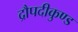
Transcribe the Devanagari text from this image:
द्रौपदीकुण्ड